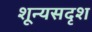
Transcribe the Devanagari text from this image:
शून्यसदृश